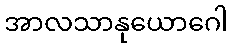
အာလသာနုယောဂေါ